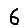
Digit: 6